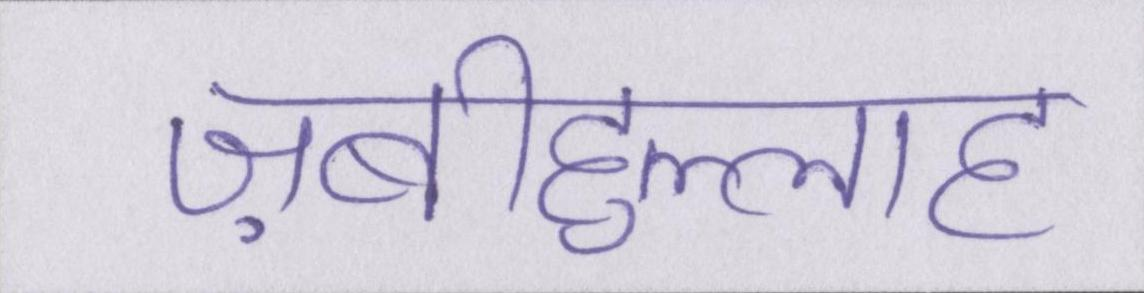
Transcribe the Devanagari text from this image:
ज़बीहुल्लाह